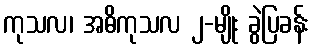
ကုသလ၊ အဓိကုသလ ၂-မျိုး ခွဲပြခန်း